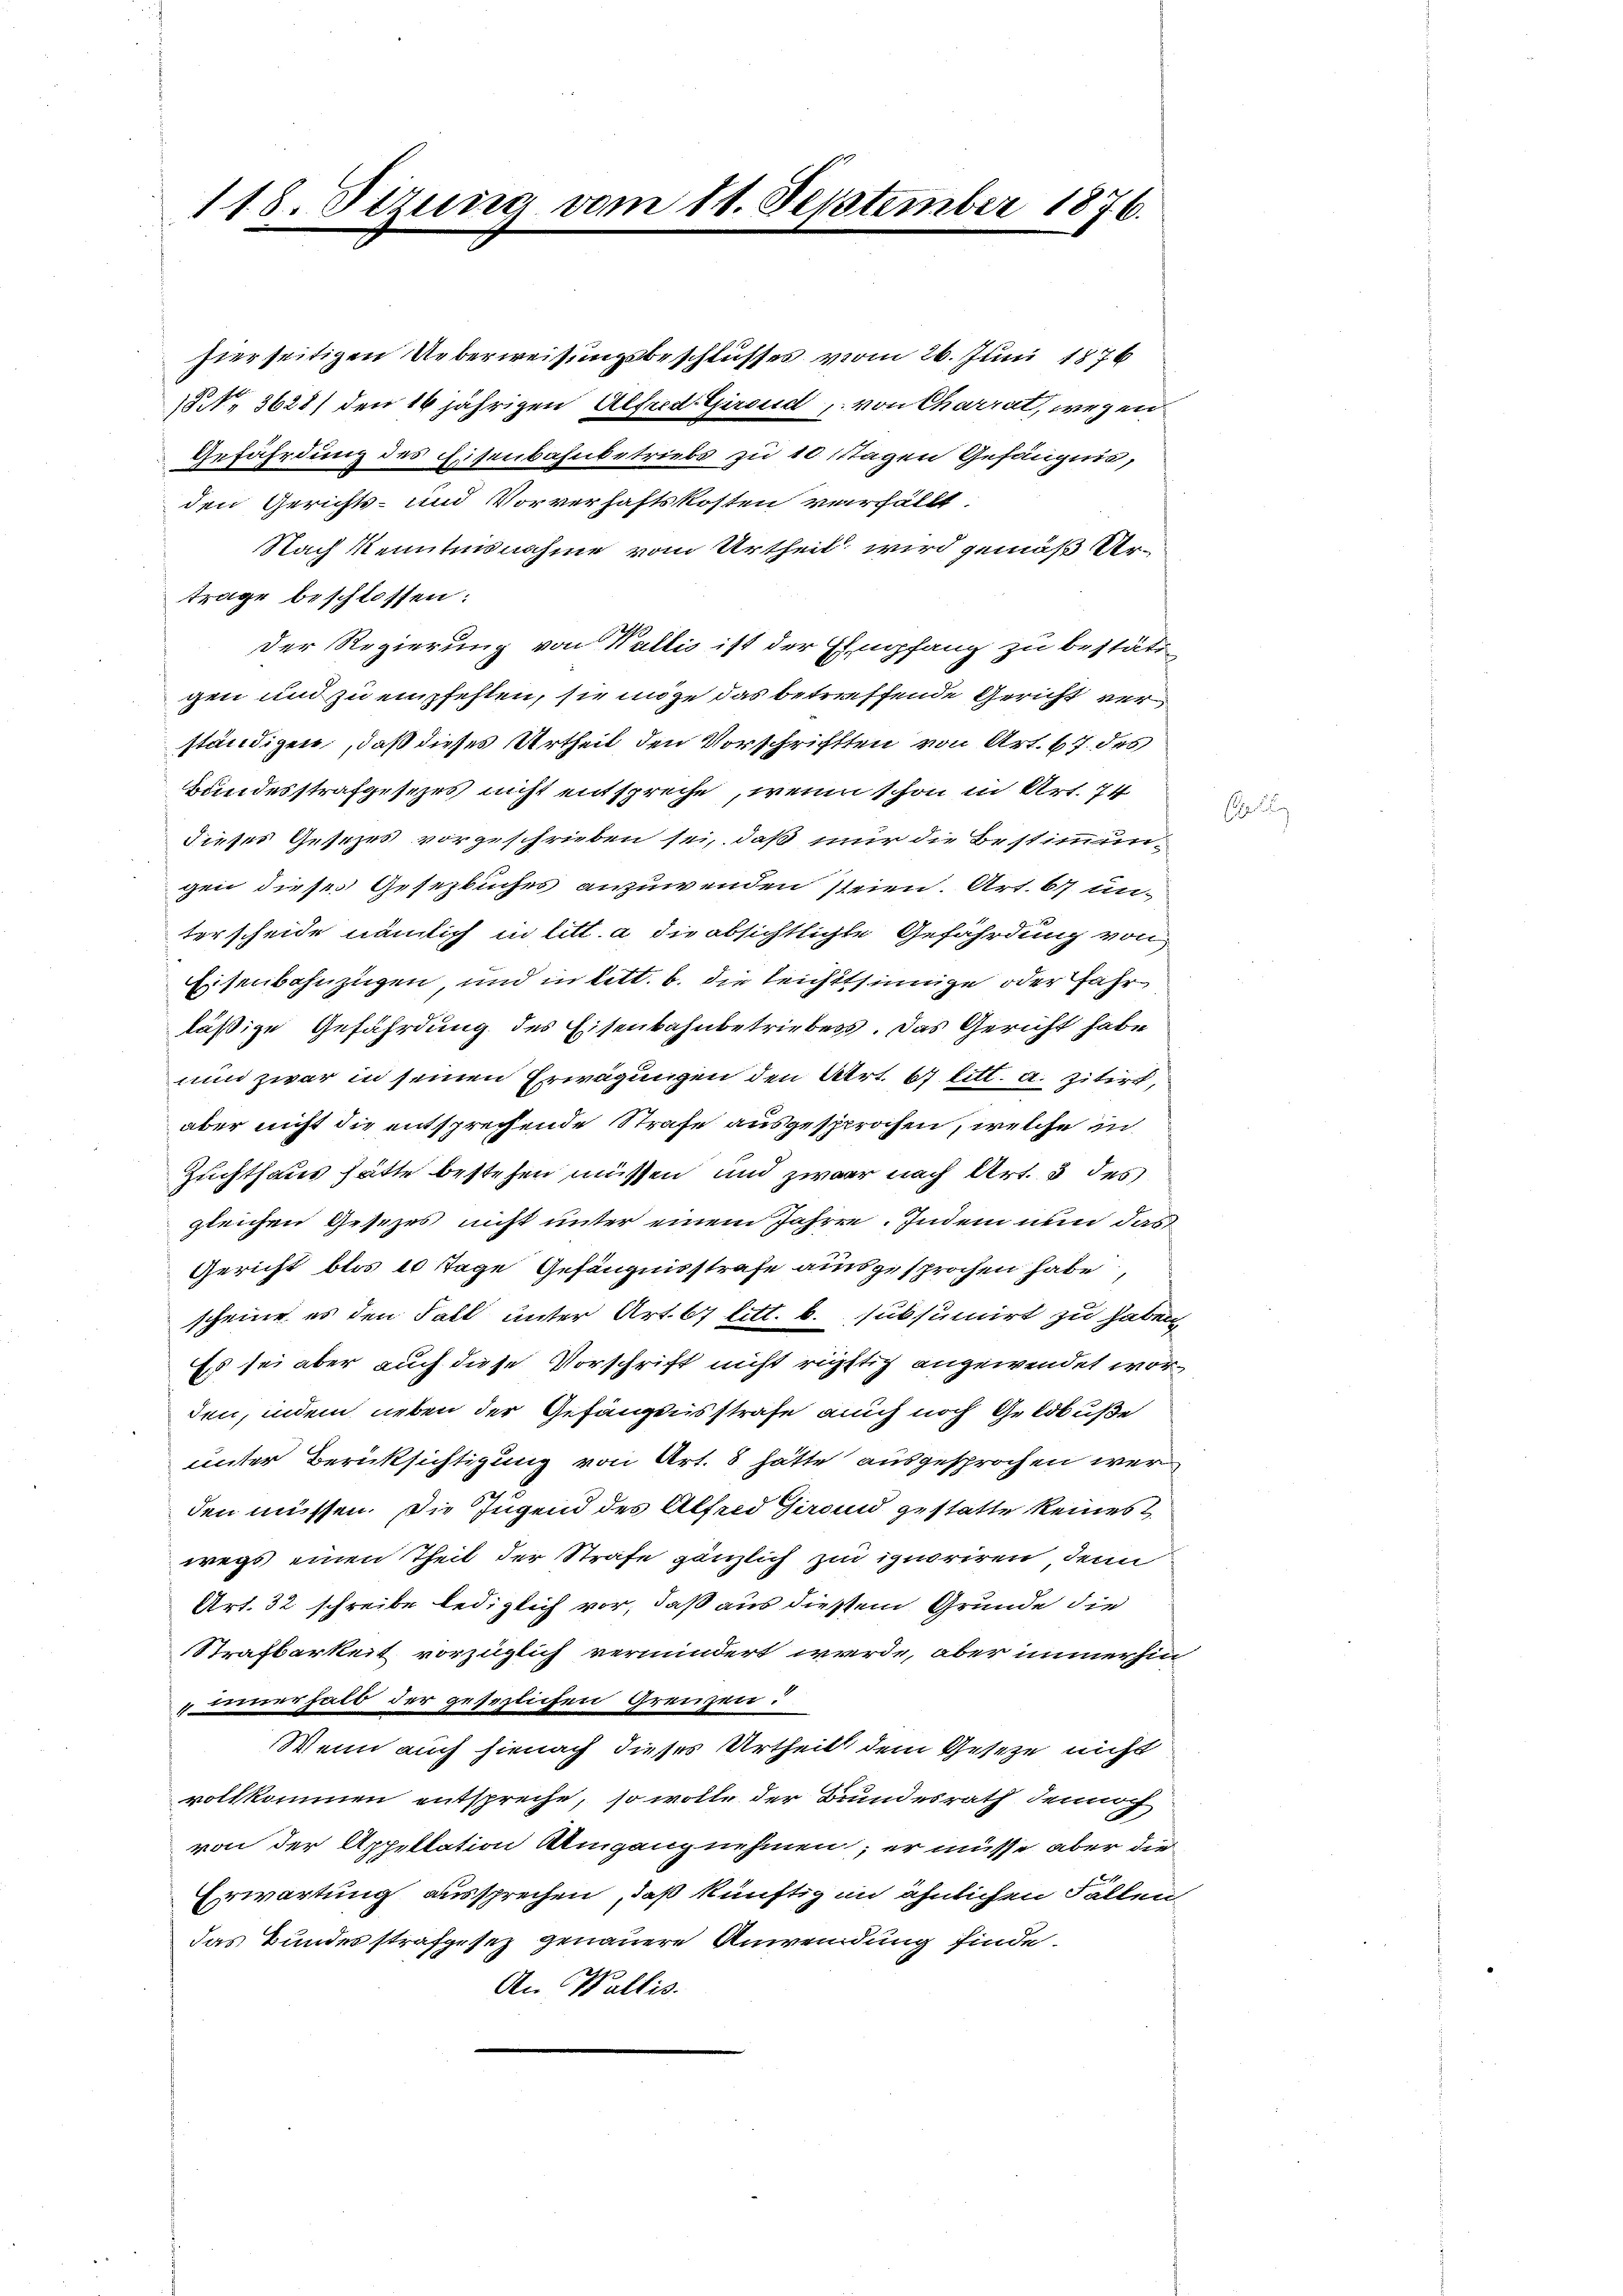
118. Stzung vom 11. September 1876.

An Wallis.

hierseitigen Ueberweisungsbeschlusses vom 26. Juni 1876
13 No 3628) den 16 jährigen Alfred Girend, von Charrat, wegen
Gefährdung des Eisenbahnbetriebs zu 10 stagen Gefängnis,
den Gerichts- und Vorverhaftskosten verfällt,
Nach Kenntnisnahme vom Urtheil wird gemäß Urtrage beschlossen:
Der Regierung von Wallis ist der Empfang zu bestät
gen und zu empfehlen, sie möge das betreffende Gericht ver
ständigen, daß dieses Urtheil den Vorschritten von Art. 67 des
Bundesstrafgesezes nicht entspreche, wenn schon in Art. 74
dieses Gesezes vorgeschrieben sei, daß nur die Bestimmungen dieses Gesezbuches anzuwenden seien. Art. 677 un-
terscheide nämlich in litt. a die absichtlichte Gefährdung von
Eisenbahnzügen, und in litt. b. die leichtssinige oder Fahrläßige Gefährdung des Eisenbahnbetriebess. Das Gericht habe
nun zwar in seinen Erwägungen den Art. 67 litt. a. zitirt,
aber nicht die entsprechende Strafe ausgesprochen, welche in
Zuchthaus hätte bestehen müssen und zwar nach Art. 3 des
gleichen Gesezes nicht unter einem Jahren. Indem nun das
Gericht blos 10 Tage Gefängnisstrafe ausgesprochen habe,
scheine es den Fall unter Art. 67 litt. b. subsumirt zu haben
Es sei aber auch diese Vorschrift nicht richtig angewendet worden, indem neben der Gefängnisstrafe auch noch Geldbuße
unter Berüksichtigung von Art. 8 hätte ausgesprochen wer
den müssen. Die Jugend des Alfred Grand gestatte keines
wegs einen Theil der Strafe gänzlich zu ignoriren, denn
Art. 32 schreibe lediglich vor, daß aus diesem Grunde die
SStrafbarkeit vorzüglich vermindert werde, aber immerhin
innerhalb der gesezlichen Grenzen:
Wenn auch hienach dieses Urtheil dem Gesetze nicht
vollkommen entspreche, so wolle der Bundesrath dennoch
von der Appellation Umgang nehmen; er müsse aber die
Erwartung aussprechen, daß künftig in ähnlichen Fallen
das Bundesstrafgesez genauere Anwendung finde.

e